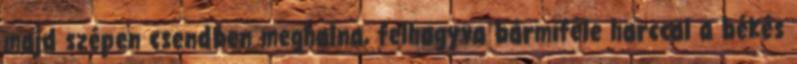
majd szépen csendben meghalna, felhagyva bármiféle harccal a békés